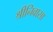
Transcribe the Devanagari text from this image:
श्रीनिवासा